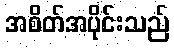
အစိတ်အပိုင်းသည်